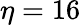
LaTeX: \eta=16